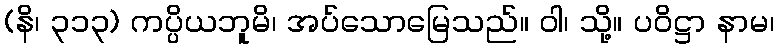
(နိ၊ ၃၁၃) ကပ္ပိယဘူမိ၊ အပ်သောမြေသည်။ ဝါ၊ သို့။ ပဝိဋ္ဌာ နာမ၊